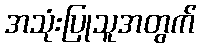
အသုံးပြုသူအတွက်